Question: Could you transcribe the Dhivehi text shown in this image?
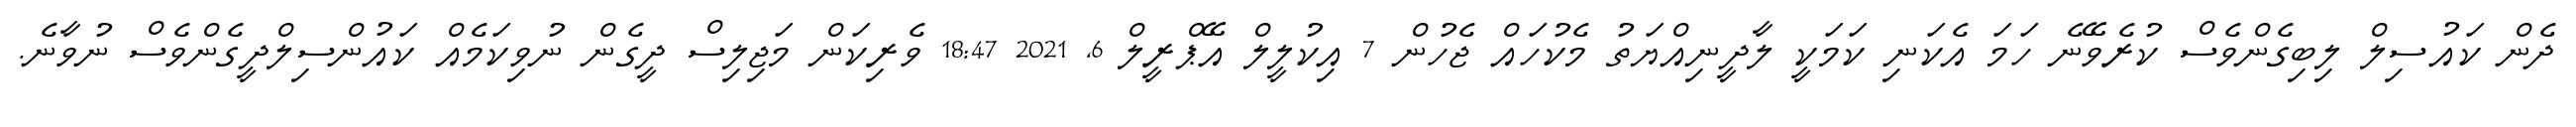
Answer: ދެން ކައުސިލް ލިބިގެންވެސް ކުރެވޭނެ ހަމަ އެކަނި ކަމަކީ ލާދީނިއްޔަތު މެކުހައް ޖެހުން 7 އިކުލީލް އޭޕްރީލް 6, 2021 18:47 ވެރިކަން މަޖިލިސް ދީގެން ނުވިކަމެއް ކައުންސިލްދީގެންވެސް ނުވާނެ.